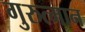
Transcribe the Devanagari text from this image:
गुरुत्मान